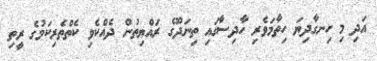
އަދި މި ހިނގާދިޔަ ހިތާމަވެރި ހާދިސާގައި ތިނަދޫގެ ރައްޔިތުން ދެއްކެވި ކެތްތެރިކަމުގެ ރީތި